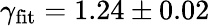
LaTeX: \gamma_{\textrm{fit}}=1.24\pm 0.02